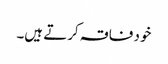
خود فاقہ کرتے ہیں۔